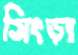
সিংড়া